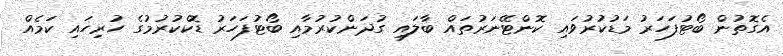
އެގޮތުން ބޯޓުފަހަރު މަޑުކުރުވައި ކޮންޓޭނަރުތައް ބާލައި ގުދަންކުރުމާއި ބޯޓުފަހަރު ޑޮކްކުރުމުގެ ހުރިހައި ކަމެއް